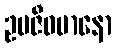
ဥပဇီဝမာနော